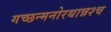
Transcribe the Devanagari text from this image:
गच्छन्मनोरथान्नश्च